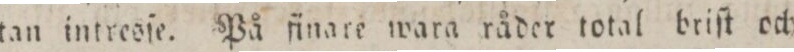
tan intrcoſe. På finare wara råder total briſt och